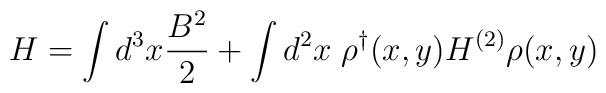
H=\int d^3 x \frac {B^2} {2} + \int d^2 x \; \rho^{\dag}(x,y) H^{(2)} \rho(x,y)